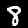
Digit: 8